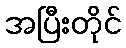
အပြီးတိုင်